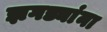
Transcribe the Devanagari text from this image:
झगड्यांना